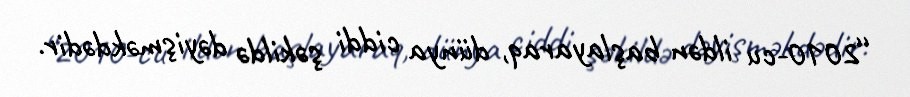
“2010-cu ildən başlayaraq, dünya ciddi şəkildə dəyişməkdədir.